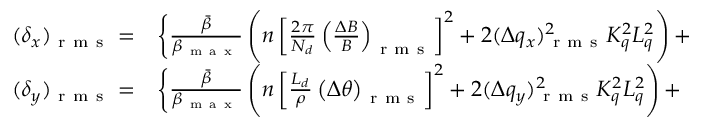
\begin{array} { r l } { ( \delta _ { x } ) _ { \mathrm { ~ r ~ m ~ s ~ } } = } & { { } \biggl \{ \frac { \Bar { \beta } } { \beta _ { \mathrm { ~ m ~ a ~ x ~ } } } \left( n \left[ \frac { 2 \pi } { N _ { d } } \left( \frac { \Delta B } { B } \right) _ { \mathrm { ~ r ~ m ~ s ~ } } \right] ^ { 2 } + 2 ( \Delta q _ { x } ) _ { \mathrm { ~ r ~ m ~ s ~ } } ^ { 2 } K _ { q } ^ { 2 } L _ { q } ^ { 2 } \right) + } \\ { ( \delta _ { y } ) _ { \mathrm { ~ r ~ m ~ s ~ } } = } & { { } \biggl \{ \frac { \Bar { \beta } } { \beta _ { \mathrm { ~ m ~ a ~ x ~ } } } \left( n \left[ \frac { L _ { d } } { \rho } \left( \Delta \theta \right) _ { \mathrm { ~ r ~ m ~ s ~ } } \right] ^ { 2 } + 2 ( \Delta q _ { y } ) _ { \mathrm { ~ r ~ m ~ s ~ } } ^ { 2 } K _ { q } ^ { 2 } L _ { q } ^ { 2 } \right) + } \end{array}